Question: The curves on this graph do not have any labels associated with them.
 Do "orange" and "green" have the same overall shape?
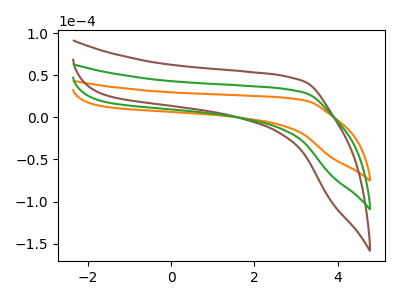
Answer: <think>The orange curve "orange" has no peaks. The brown curve "brown" has no peaks. The green curve "green" has no peaks.
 Neither "orange" or "green" have any peaks.</think>
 <answer>"orange" and "green" are similar in shape.</answer>
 <eval>same_shape</eval>